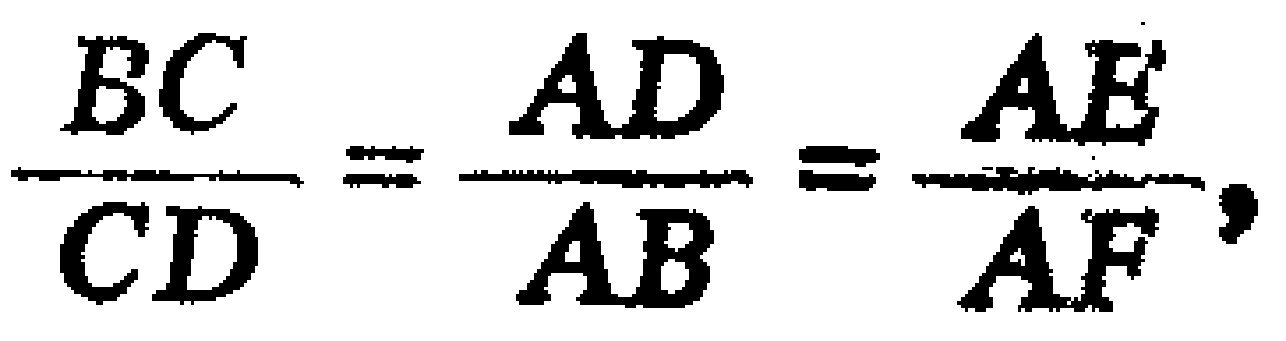
\(\frac{BC}{CD}=\frac{AD}{AB}=\frac{AE}{AF},\)